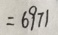
= 6 9 7 1